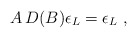
\begin{align*}A\,D(B)\epsilon _{L}=\epsilon _{L}\ , \end{align*}